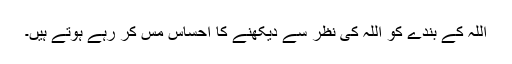
اللہ کے بندے کو اللہ کی نظر سے دیکھنے کا احساس مس کر رہے ہوتے ہیں۔